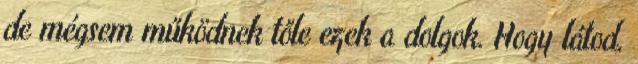
de mégsem működnek tőle ezek a dolgok. Hogy látod,